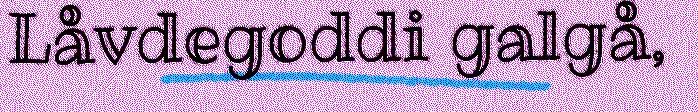
Låvdegoddi galgå,